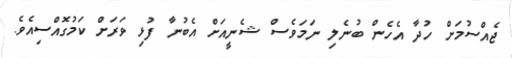
ޖެއްސުމަށް ހުދާ އެހެން ބުނެލި ނަމަވެސް ޝެނީއަށް އެބުނާ ފުޅި ވަރަށް ކަމުގޮއްސިއެވެ.